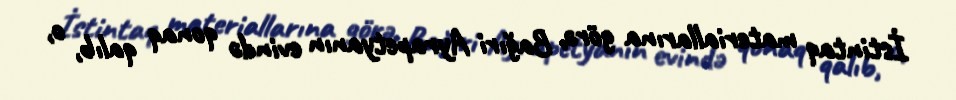
İstintaq materiallarına görə, Bağıri Ayrapetyanın evində qonaq qalıb, o,